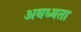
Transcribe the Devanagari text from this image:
अबध्यता